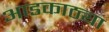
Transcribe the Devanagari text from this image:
आडकाठ्या